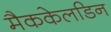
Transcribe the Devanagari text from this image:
मैककेलडिन